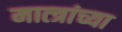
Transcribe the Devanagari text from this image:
मात्त्रांच्या